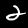
Digit: 2